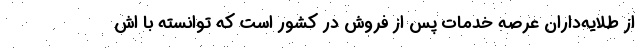
از طلایه‌داران عرصه خدمات پس از فروش در کشور است که توانسته با اش